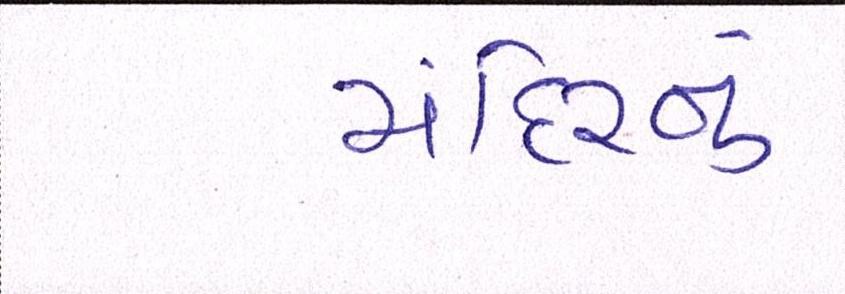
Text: મંદિરનું